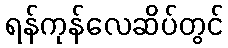
ရန်ကုန်လေဆိပ်တွင်